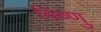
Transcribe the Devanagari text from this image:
विंष्णु